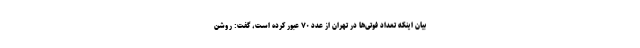
بیان اینکه تعداد فوتی‌ها در تهران از عدد ۷۰ عبور کرده است، گفت: روشن